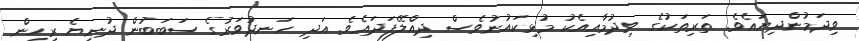
ވިދަމުންދިޔައެވެ. ތަރިތަކުގެ ވިދުމާއިއެކު މުޅިކައުނުވެސް ދިއްލޭފަދައެވެ. އަދި ހަނދުވަރުގެ ސަބަބުން ދުނިޔެ ރިހިން